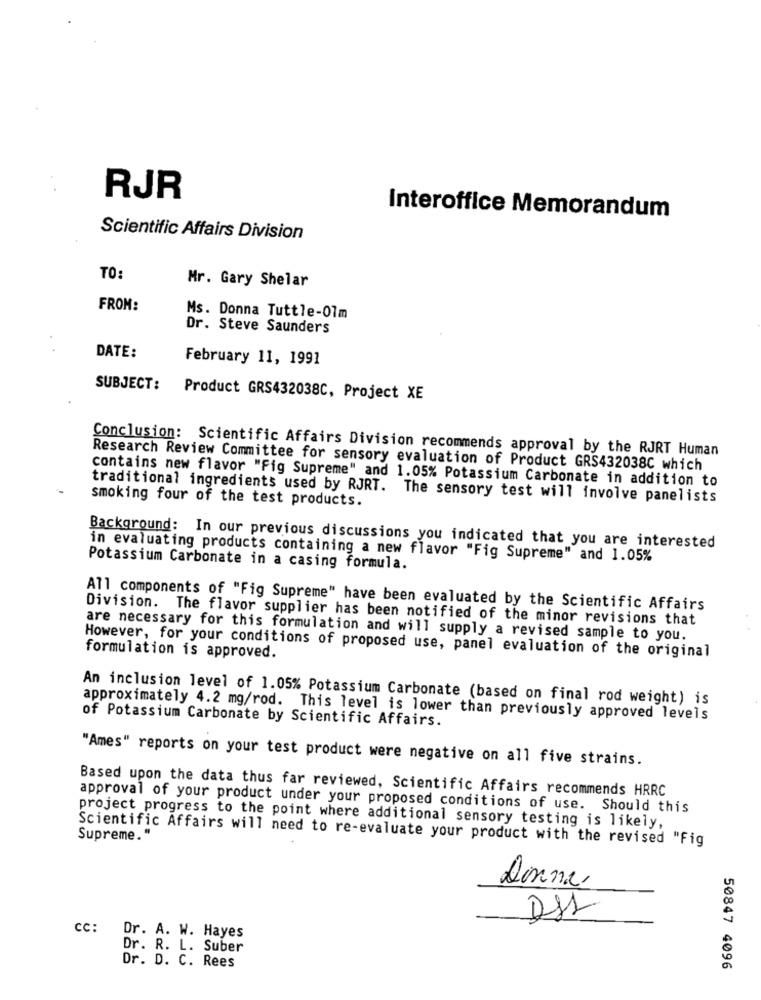
RJR
Interoffice Memorandum
Scientific Affairs Division
TO:
Mr. Gary Shelar
FROM:
Ms. Donna Tuttle-07m
Dr. Steve Saunders
DATE:
February 11, 1991
SUBJECT:
Product GRS432038C, Project XE
Conclusion: Scientific Affairs Division recommends approval by the RJRT Human
Research Review Committee for sensory evaluation of Product GRS432038C which
contains new flavor "Fig Supreme" and 1.05% Potassium Carbonate in addition to
smoking four of the test products.
traditional ingredients used by RJRT. The sensory test will involve panelists
Background: In our previous discussions you indicated that you are interested
in evaluating products containing a new flavor "Fig Supreme" and 1.05%
Potassium Carbonate in a casing formula.
All components of "Fig Supreme" have been evaluated by the Scientific Affairs
Division. The flavor supplier has been notified of the minor revisions that
are necessary for this formulation and will supply a revised sample to you.
However, for your conditions of proposed use, panel evaluation of the original
formulation is approved.
An inclusion level of 1.05% Potassium Carbonate (based on final rod weight) is
approximately 4.2 mg/rod. This level is lower than previously approved levels
of Potassium Carbonate by Scientific Affairs.
"Ames" reports on your test product were negative on all five strains.
Based upon the data thus far reviewed, Scientific Affairs recommends HRRC
approval of your product under your proposed conditions of use. Should this
project progress to the point where additional sensory testing is likely,
Supreme."
Scientific Affairs will need to re-evaluate your product with the revised "Fig
Donne
DSL
CC:
Dr. A. W. Hayes
Dr. R. L. Suber
Dr. D. C. Rees
50847 4096